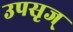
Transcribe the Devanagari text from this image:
उपसृज्